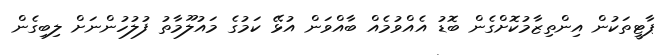
ޕާޓީތަކުން އިންތިޒާމުކޮށްގެން ބޮޑު އެއްވުމެއް ބާއްވަން އުޅޭ ކަމުގެ މައުލޫމާތު ފުލުހުންނަށް ލިބިގެން